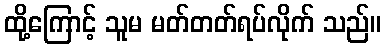
ထို့ကြောင့် သူမ မတ်တတ်ရပ်လိုက် သည်။